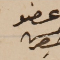
عضو حسن حصِر